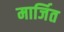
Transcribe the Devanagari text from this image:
मार्जित